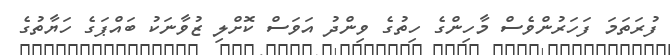
ފުރަތަމަ ފަހަރުންވެސް މާހިންގެ ހިތުގެ ވިންދު އަވަސް ކޮށްލި ޒުވާނަކު ބައްޕަގެ ހަޔާތުގެ